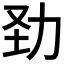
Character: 𠡍